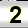
Digit: 2